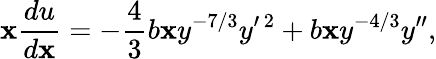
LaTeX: \mathbf{x}\frac{{du}}{{d\mathbf{x}}}=-\frac{{4}}{{3}}b\mathbf{x}y^{-7/3}y^{\prime\, 2}+b\mathbf{x}y^{-4/3}y^{\prime\prime},